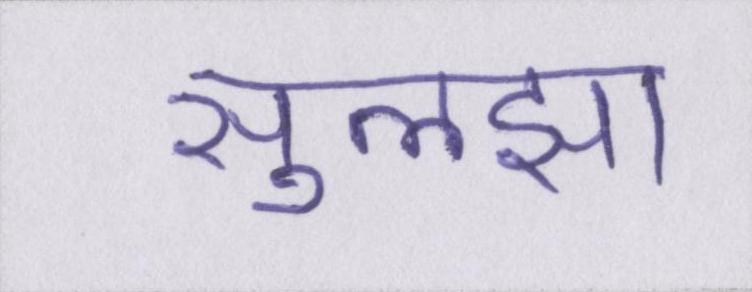
सुलझा